Scottish Education Department, 1919
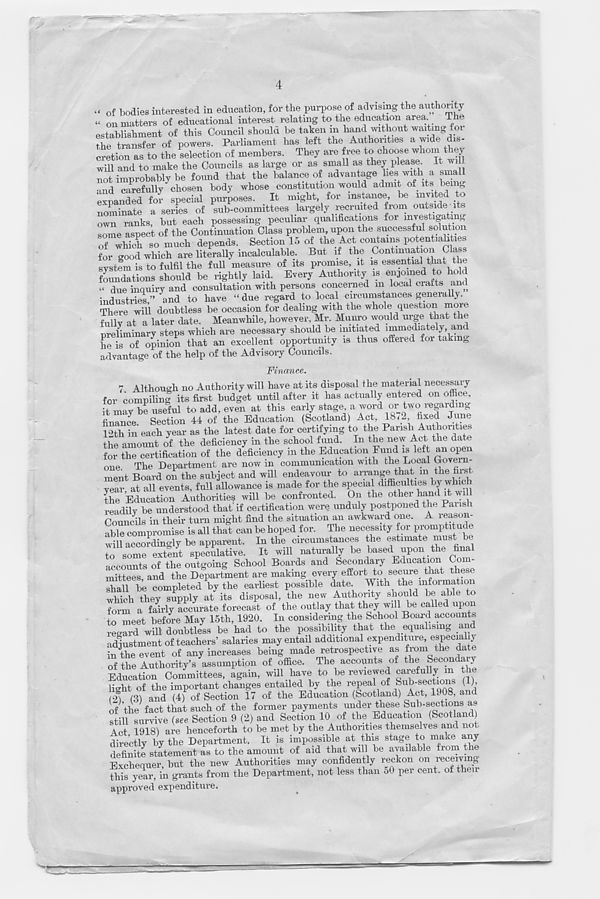
4
.< of bodies interested in education, for the purpose of advising the authority
“ on matters of educational interest relating to the education area
The
establishment of this Council should be taken m hand without waiting for
the transfer of powers. Parliament has left the Authorities a wide dis-
cretion as to the selection of members. They are free to choose whom they
will and to make the Councils as large or as small as they please It will
not improbably be found that the balance of advantage lies with a small
and carefully chosen body whose constitution would admit of its bemg
expanded for special purposes.
It might, for instance, be invited o
nominate a series of sub-committees largely recruited from outside its
own ranks, but each possessing peculiar qualifications for investigating
some aspect of the Continuation Class problem, upon the successful solution
of which so much depends. Section 15 of the Act contains potentialities
for good which are literally incalculable. But if the Contimiation Ciass
system is to fulfil the full measure of its promise, it is essential that the
foundations should be rightly laid. Every Authority is enjoined to hold
« d U e inquiry and consultation with persons concerned m local crafts and
industries ” and to have “ due regard to local circumstances generally.
There will doubtless be occasion for dealing with the whole question more
fully at a later date. Meanwhile, however. Mr. Munro would urge that the
preliminary steps which are necessary should be initiated immediately, and
he is of opinion that an excellent opportunity is thus offered for takm 0
advantage of the help of the Advisory Councils.
Finance.
7 Although no Authority will have at its disposal the material necessary
for compiling its first budget until after it has actually entered on office,
it may be useful to add, even at this early stage a word or two regarding
finance. Section 44 of the Education (Scotland) Act, 18<2, fixed June
p> fc h in each year as the latest date for certifying to the Parish Authorities
the amount of the deficiency in the school fund. In the new Act the date
for the certification of the deficiency in the Education Fund is left an open
one. The Department are now in communication with the Local Govern-
ment Board on the subject and will endeavour to arrange that m the hrs
year at all events, full allowance is made for the special difficulties
the Education Authorities will be confronted. On the other hand it will
readily be understood that'if certification were unduly postponed the Parish
Councils in their turn might find the situation an awkward one. A reason-
able compromise is all that can be hoped for. The necessity for promptitude
will accordingly be apparent. In the circumstances the estimate
he
to some extint speculative. It will naturally be based upon the final
accounts of the outgoing School Boards and Secondary Education Com-
mittees and the Department are making every effort to secure that these
ihall b’e completed by the earliest possible date. With the information
which they supply at its disposal, the new Authority should be able to
torm a fahly accurate forecast of the outlay that they wi 1 be called upon
to meet before May 15th, 1920. In considering the School Board accounts
regard will doubtless be had to the possibility that the equalising and
adjustment of teachers’ salaries may entail additional expenditure, especially
in the event of any increases being made retrospective as from the date
of the Authority’s assumption of office. The accounts of the Secondary
Education Committees, again, will have to be reviewed carefully m the
light of the important changes entailed by the repeal of ^ab-sections ( ),
(l) (3) and (4) of Section 17 of the Education (Scotland) Act, 1908, and
of the fact that such of the former payments under these Sub-sections as
still survive (see Section 9 (2) and Section 10 of the Education (Scotland)
Act 1918) are henceforth to be met by the Authorities themselves and no
directly by the Department. It is impossible at this stage to make any
definite statement as to the amount of aid that will be available from the
Exchequer, but the new Authorities may confidently reckon on receiving
this year, in grants from the Department, not less than 50 per cent, of then
approved expenditure.